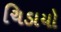
ચિડાયો